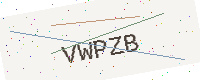
Text: VWPZB